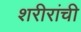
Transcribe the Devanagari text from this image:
शरीरांची